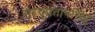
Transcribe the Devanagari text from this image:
सरयूप्रतापसिंह